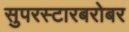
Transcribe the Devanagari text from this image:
सुपरस्टारबरोबर